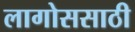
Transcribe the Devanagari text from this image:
लागोससाठी